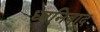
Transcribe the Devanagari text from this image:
ध्वनिवाद